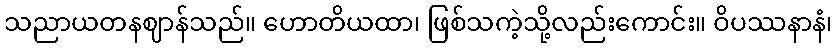
သညာယတနဈာန်သည်။ ဟောတိယထာ၊ ဖြစ်သကဲ့သို့လည်းကောင်း။ ဝိပဿနာနံ၊